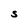
Character: S